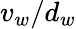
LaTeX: v_{w}/d_{w}